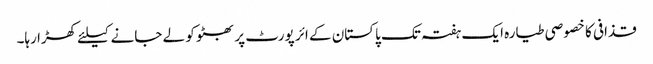
قذافی کا خصوصی طیارہ ایک ہفتہ تک پاکستان کے ائر پورٹ پر بھٹو کو لے جانے کیلئے کھڑا رہا۔